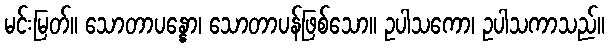
မင်းမြတ်။ သောတာပန္နော၊ သောတာပန်ဖြစ်သော။ ဥပါသကော၊ ဥပါသကာသည်။